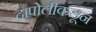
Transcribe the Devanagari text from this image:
दापोलीकडून